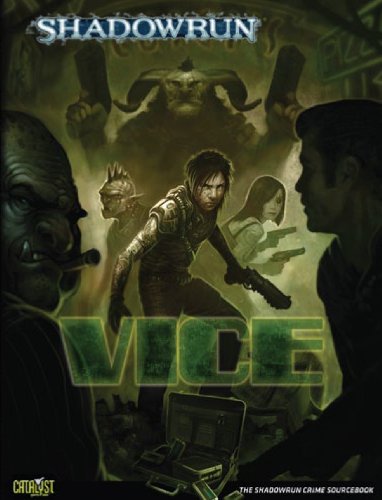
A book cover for Shadowrun Vice OP* (Shadowrun (Catalyst)); Robert Derie; Science Fiction & Fantasy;